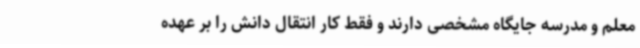
معلم و مدرسه جایگاه مشخصی دارند و فقط کار انتقال دانش را بر عهده